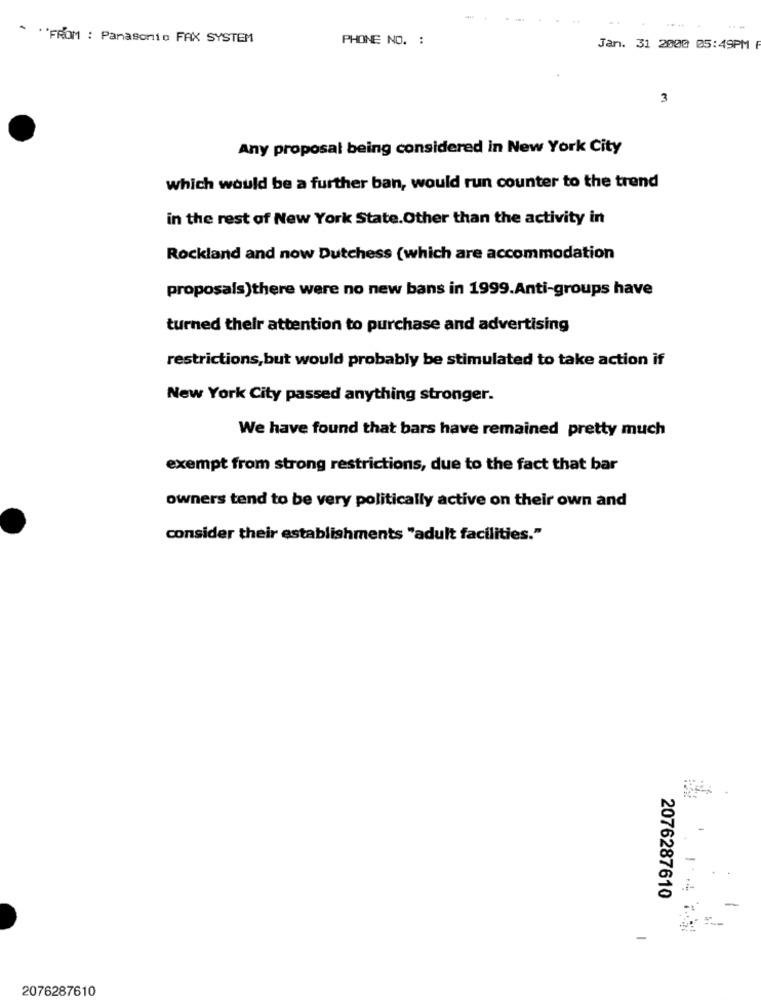
a
* * FROM : Panasonic FAX SYSTEM
PHONE NO. :
Jan. 31 2000 05:49PM
3
Any proposal being considered in New York City
which would be a further ban, would run counter to the trend
in the rest of New York State.Other than the activity in
Rockland and now Dutchess (which are accommodation
proposals)there were no new bans in 1999.Anti-groups have
turned their attention to purchase and advertising
restrictions, but would probably be stimulated to take action if
New York City passed anything stronger.
We have found that bars have remained pretty much
exempt from strong restrictions, due to the fact that bar
owners tend to be very politically active on their own and
consider their establishments "adult facilities."
2076287610
-
2076287610